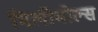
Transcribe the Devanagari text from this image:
मिलीमोल्स